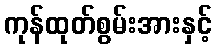
ကုန်ထုတ်စွမ်းအားနှင့်